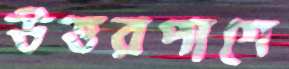
উত্তরপাশে